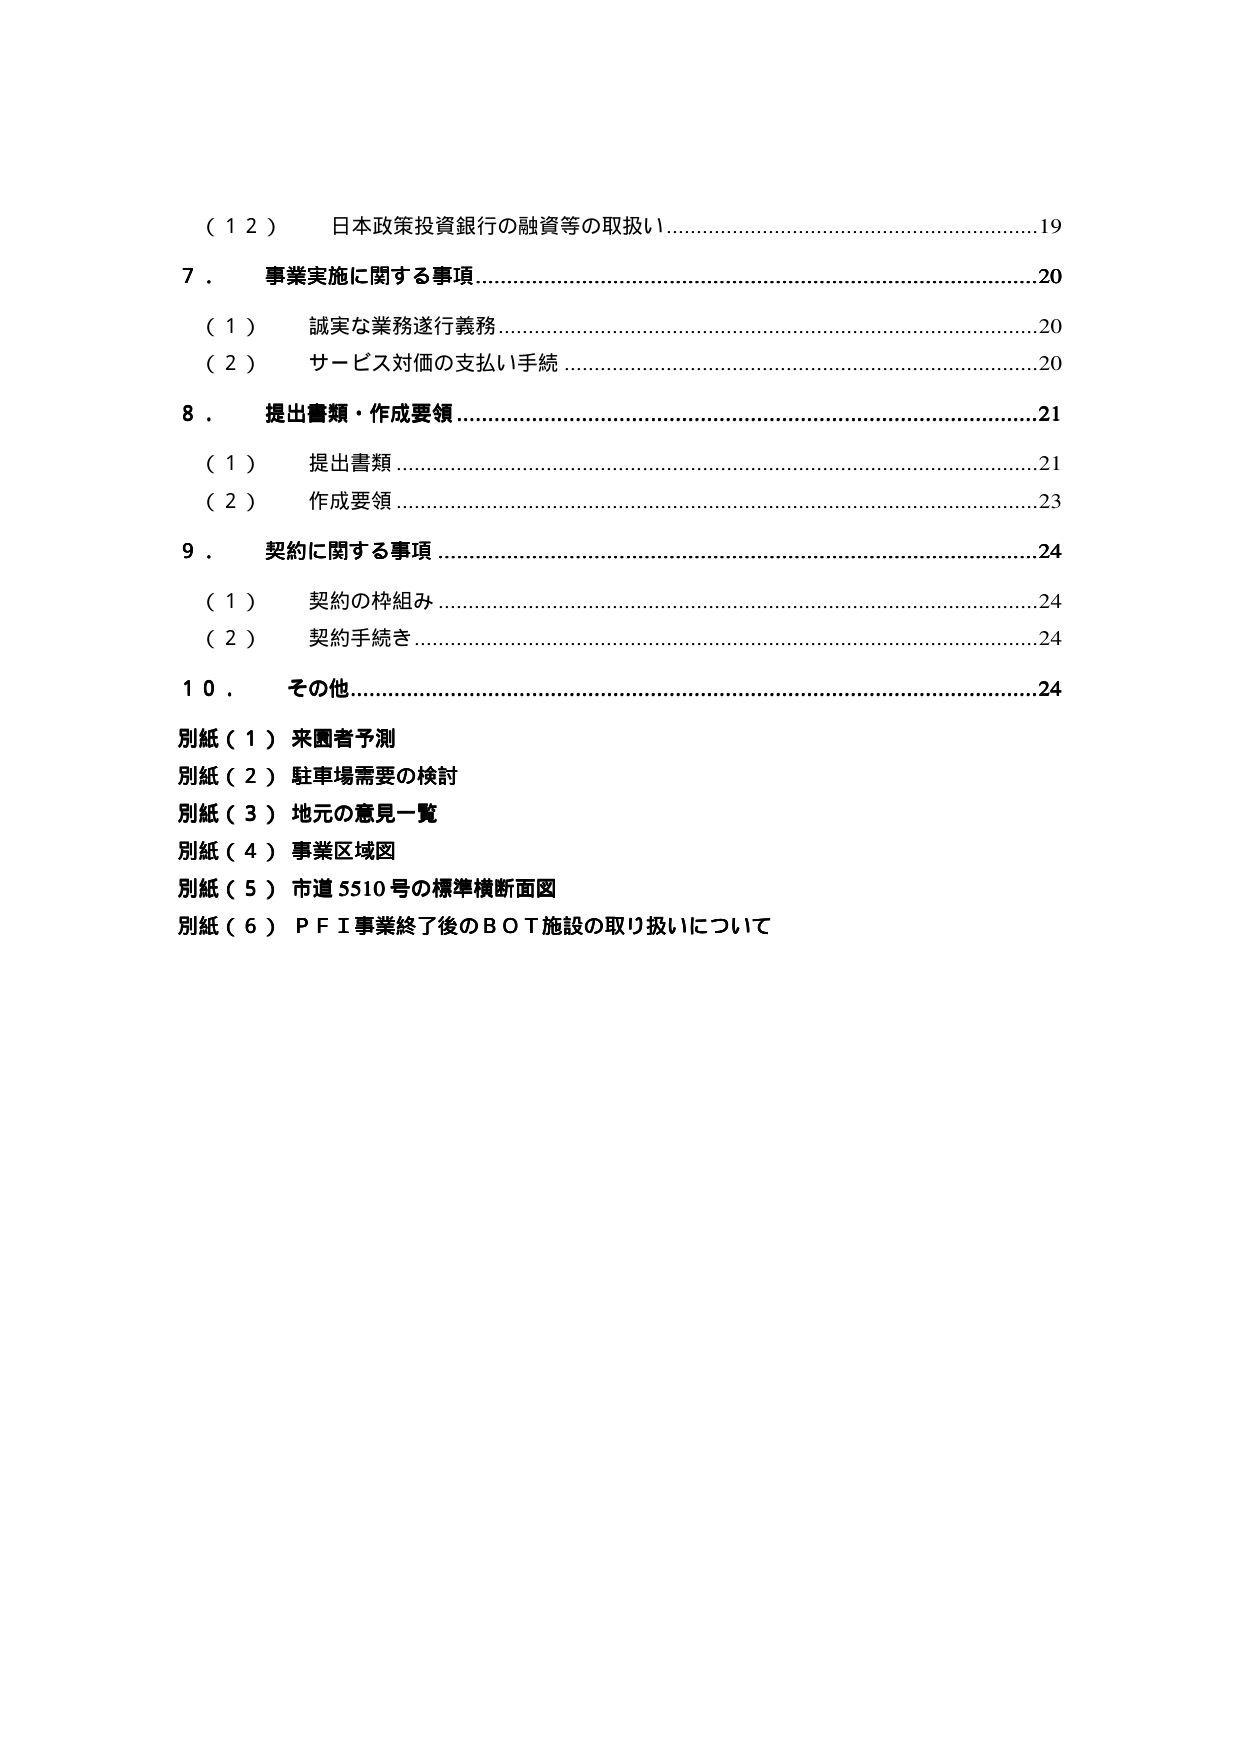
（１２） 日本政策投資銀行の融資等の取扱い………………………………………19
７． 事業実施に関する事項…………………………………………………………20
　（１） 誠実な業務遂行義務………………………………………………………20
　（２） サービス対価の支払い手続………………………………………………20
８． 提出書類・作成要領……………………………………………………………21
　（１） 提出書類……………………………………………………………………21
　（２） 作成要領……………………………………………………………………23
９． 契約に関する事項……………………………………………………………24
　（１） 契約の枠組み………………………………………………………………24
　（２） 契約手続き…………………………………………………………………24
１０． その他…………………………………………………………………………24
別紙（１）来園者予測
別紙（２）駐車場需要の検討
別紙（３）地元の意見一覧
別紙（４）事業区域図
別紙（５）市道5510号の標準横断面図
別紙（６）ＰＦＩ事業終了後のＢＯＴ施設の取り扱いについて